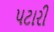
પટારી